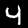
Digit: 4